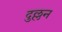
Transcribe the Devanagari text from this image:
दुल्लन